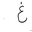
Letter: _gayn